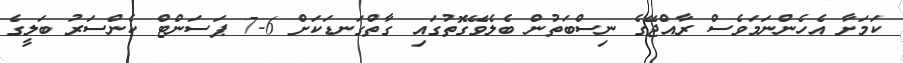
ކަމަށާ އެހެންނަމަވެސް ރާއްޖޭގެ ނިސްބަތުން ބެލެވޭގޮތުގައި ގާތްގަނޑަކަށް 6-7 ޕަސަންޓް ކެންސަރު ބަލީގެ